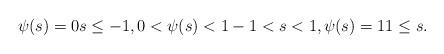
LaTeX: \begin{align*}\psi(s)=0 s\leq-1,0<\psi(s)<1 -1< s<1,\psi(s)=1 1\leq s.\end{align*}